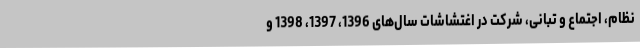
نظام، اجتماع و تبانی، شرکت در اغتشاشات سال‌های 1396، 1397، 1398 و